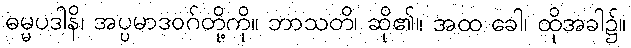
ဓမ္မပဒါနိ၊ အပ္ပမာဒဝဂ်တို့ကို။ ဘာသတိ၊ ဆို၏။ အထ ခေါ၊ ထိုအခါ၌။